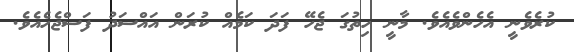
ކުރެވެނީ އެހެންވެއެވެ. މާނީ ހިތުގަ ޖެހޭ ފަދަ ކަމެއް ކުރަން އައްސަދު ފަސްޖެހެއެވެ.